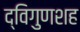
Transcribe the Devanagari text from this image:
द्विगुणशह